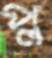
প্ল